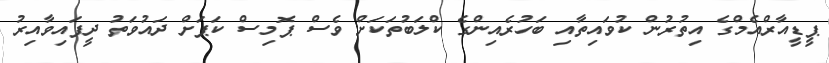
ޕީޑީއާރްއެމްގެ އިތުރުން ކުވައިތާއި ބަހުރެއިންގެ ކްލަބުތަކަށް ވެސް ޕޮމިސް ކަޕަށް ދައުވަތު ދީފައިވާއިރު